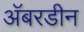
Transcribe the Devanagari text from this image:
अॅबरडीन